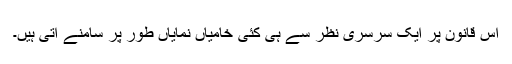
اس قانون پر ایک سرسری نظر سے ہی کئی خامیاں نمایاں طور پر سامنے اتی ہیں۔